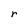
Character: r